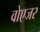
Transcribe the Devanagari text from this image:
वोएजर